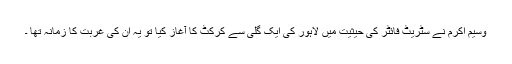
وسیم اکرم نے سٹریٹ فائٹر کی حیثیت میں لاہور کی ایک گلی سے کرکٹ کا آغاز کیا تو یہ ان کی غربت کا زمانہ تھا ۔